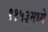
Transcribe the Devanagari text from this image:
११५३मध्ये